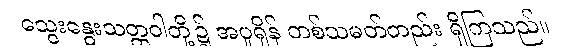
သွေးနွေးသတ္တဝါတို့၌ အပူရှိန် တစ်သမတ်တည်း ရှိကြသည်။